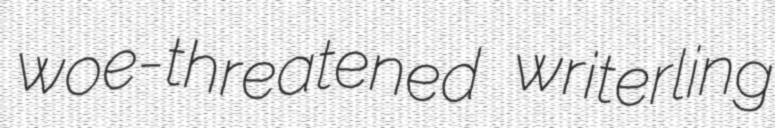
woe-threatened writerling